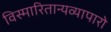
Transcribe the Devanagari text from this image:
विस्मारितान्यव्यापारो